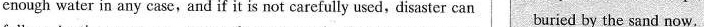
enough water in any case,and if it is not carefully used,disaster can buried by the sand now.